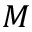
M